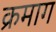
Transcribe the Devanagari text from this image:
क्रमाग